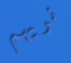
نريهم